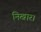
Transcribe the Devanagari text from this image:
निखार।